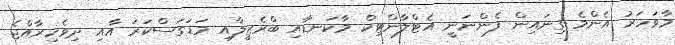
މާވަހަރު އެންމެ ގިނައިން ފެންނަނީ އެޓްލާންޓިކް މާކަނޑާއި ބްރެޒީލާއި މަޑަގަސްކަރަ އާއި ދިވެހިރާއްޖެ